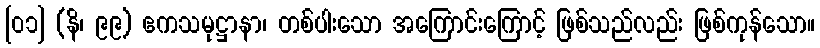
[၀၁] (နိ၊ ၉၉) ဧကသမုဋ္ဌာနာ၊ တစ်ပါးသော အကြောင်းကြောင့် ဖြစ်သည်လည်း ဖြစ်ကုန်သော။